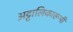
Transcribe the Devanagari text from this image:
अट्टालिकारूपी